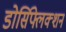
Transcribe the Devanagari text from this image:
डोर्सिफ्लेक्शन